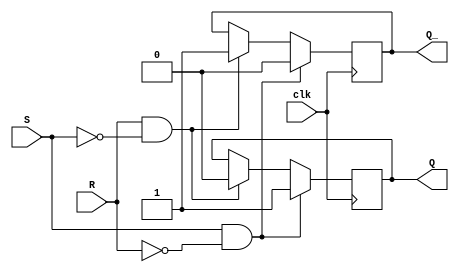
module sr_flip_flop(
    input clk,
    input S,
    input R,
    output reg Q,
    output reg Q_
);

always @(posedge clk) begin
    if (S && !R) begin
        Q <= 1;
        Q_ <= 0;
    end else if (R && !S) begin
        Q <= 0;
        Q_ <= 1;
    end else begin
        Q <= Q;
        Q_ <= Q_;
    end
end

endmodule